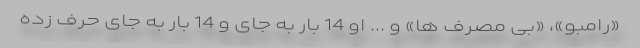
«رامبو»، «بی مصرف ها» و ... او 14 بار به جای و 14 بار به جای حرف زده